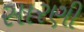
સારણી